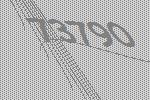
73790